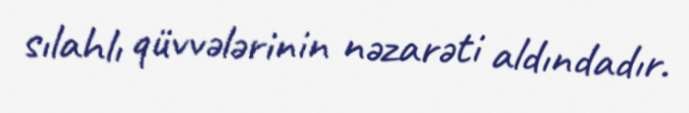
sılahlı qüvvələrinin nəzarəti aldındadır.